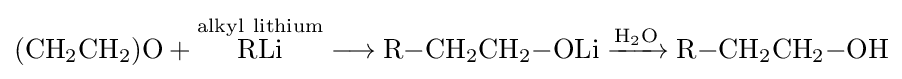
{(\mathrm {CH} {\vphantom {A}}_{\smash[{t}]{2}}\mathrm {CH} {\vphantom {A}}_{\smash[{t}]{2}})\mathrm {O} {}+{}{\overset {\mathrm {alkyl} ~\mathrm {lithium} }{\mathrm {RLi} }}{}\mathrel {\longrightarrow } {}\mathrm {R} {-}\mathrm {CH} {\vphantom {A}}_{\smash[{t}]{2}}\mathrm {CH} {\vphantom {A}}_{\smash[{t}]{2}}{-}\mathrm {OLi} {}\mathrel {\xrightarrow {\mathrm {H} {\vphantom {A}}_{\smash[{t}]{2}}\mathrm {O} } } {}\mathrm {R} {-}\mathrm {CH} {\vphantom {A}}_{\smash[{t}]{2}}\mathrm {CH} {\vphantom {A}}_{\smash[{t}]{2}}{-}\mathrm {OH} }